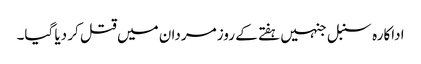
اداکارہ سنبل جنہیں ہفتے کے روز مردان میں قتل کر دیا گیا۔